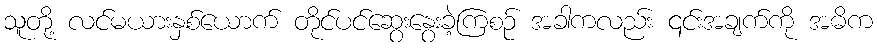
သူတို့ လင်မယားနှစ်ယောက် တိုင်ပင်ဆွေးနွေးခဲ့ကြစဉ် အခါကလည်း ၎င်းအချက်ကို အဓိက